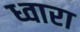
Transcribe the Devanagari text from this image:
ध्वारा